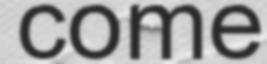
come